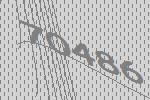
70486